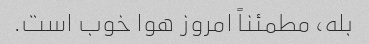
بله، مطمئناً امروز هوا خوب است.